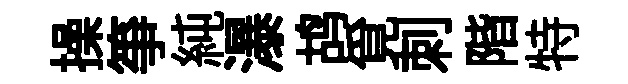
操箏純瀑鸪覓刺階特